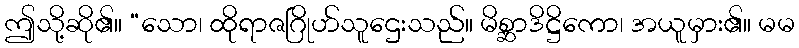
ဤသို့ဆို၏။ “သော၊ ထိုရာဇဂြိုဟ်သူဌေးသည်။ မိစ္ဆာဒိဋ္ဌိကော၊ အယူမှား၏။ မမ